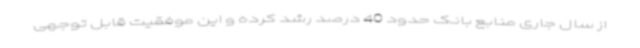
از سال جاری منابع بانک حدود 40 درصد رشد کرده و این موفقیت قابل توجهی